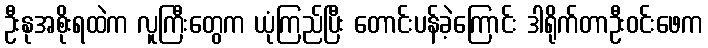
ဦးနုအစိုးရထဲက လူကြီးတွေက ယုံကြည်ပြီး တောင်းပန်ခဲ့ကြောင်း ဒါရိုက်တာဦးဝင်းဖေက